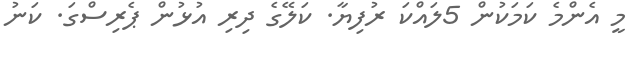
މީ އެންމެ ކަމަކުން 5ލައްކަ ރުފިޔާ. ކަލޭގެ ދިރި އުޅުން ޕެރިސްގަ. ކަނު